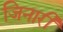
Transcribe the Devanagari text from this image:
जिनारी